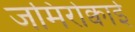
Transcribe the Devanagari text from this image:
जमिरोक्वाई